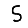
Digit: 5